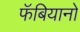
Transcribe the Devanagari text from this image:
फॅबियानो